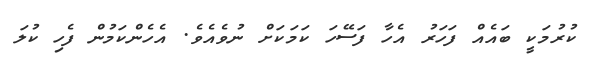
ކުރުމަކީ ބައެއް ފަހަރު އެހާ ފަސޭހަ ކަމަކަށް ނުވެއެވެ. އެހެންކަމުން ފެހި ކުލަ